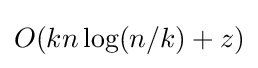
O(kn\log(n/k)+z)